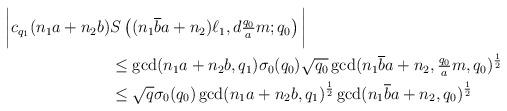
LaTeX: \begin{align*}\bigg|c_{q_1}(n_1a+n_2b) & S\left( (n_1\overline{b} a+ n_2) \ell_1, d\tfrac{q_0}{a}m ; q_0 \right)\bigg|\\& \leq \gcd(n_1a+n_2b, q_1)\sigma_0(q_0) \sqrt{q_0} \gcd(n_1\overline{b} a+n_2, \tfrac{q_0}{a} m, q_0)^{\frac{1}{2}}\\& \leq\sqrt{q}\sigma_0(q_0)\gcd(n_1a+n_2b, q_1)^{\frac{1}{2}}\gcd(n_1\overline{b} a+n_2, q_0)^{\frac{1}{2}}\end{align*}